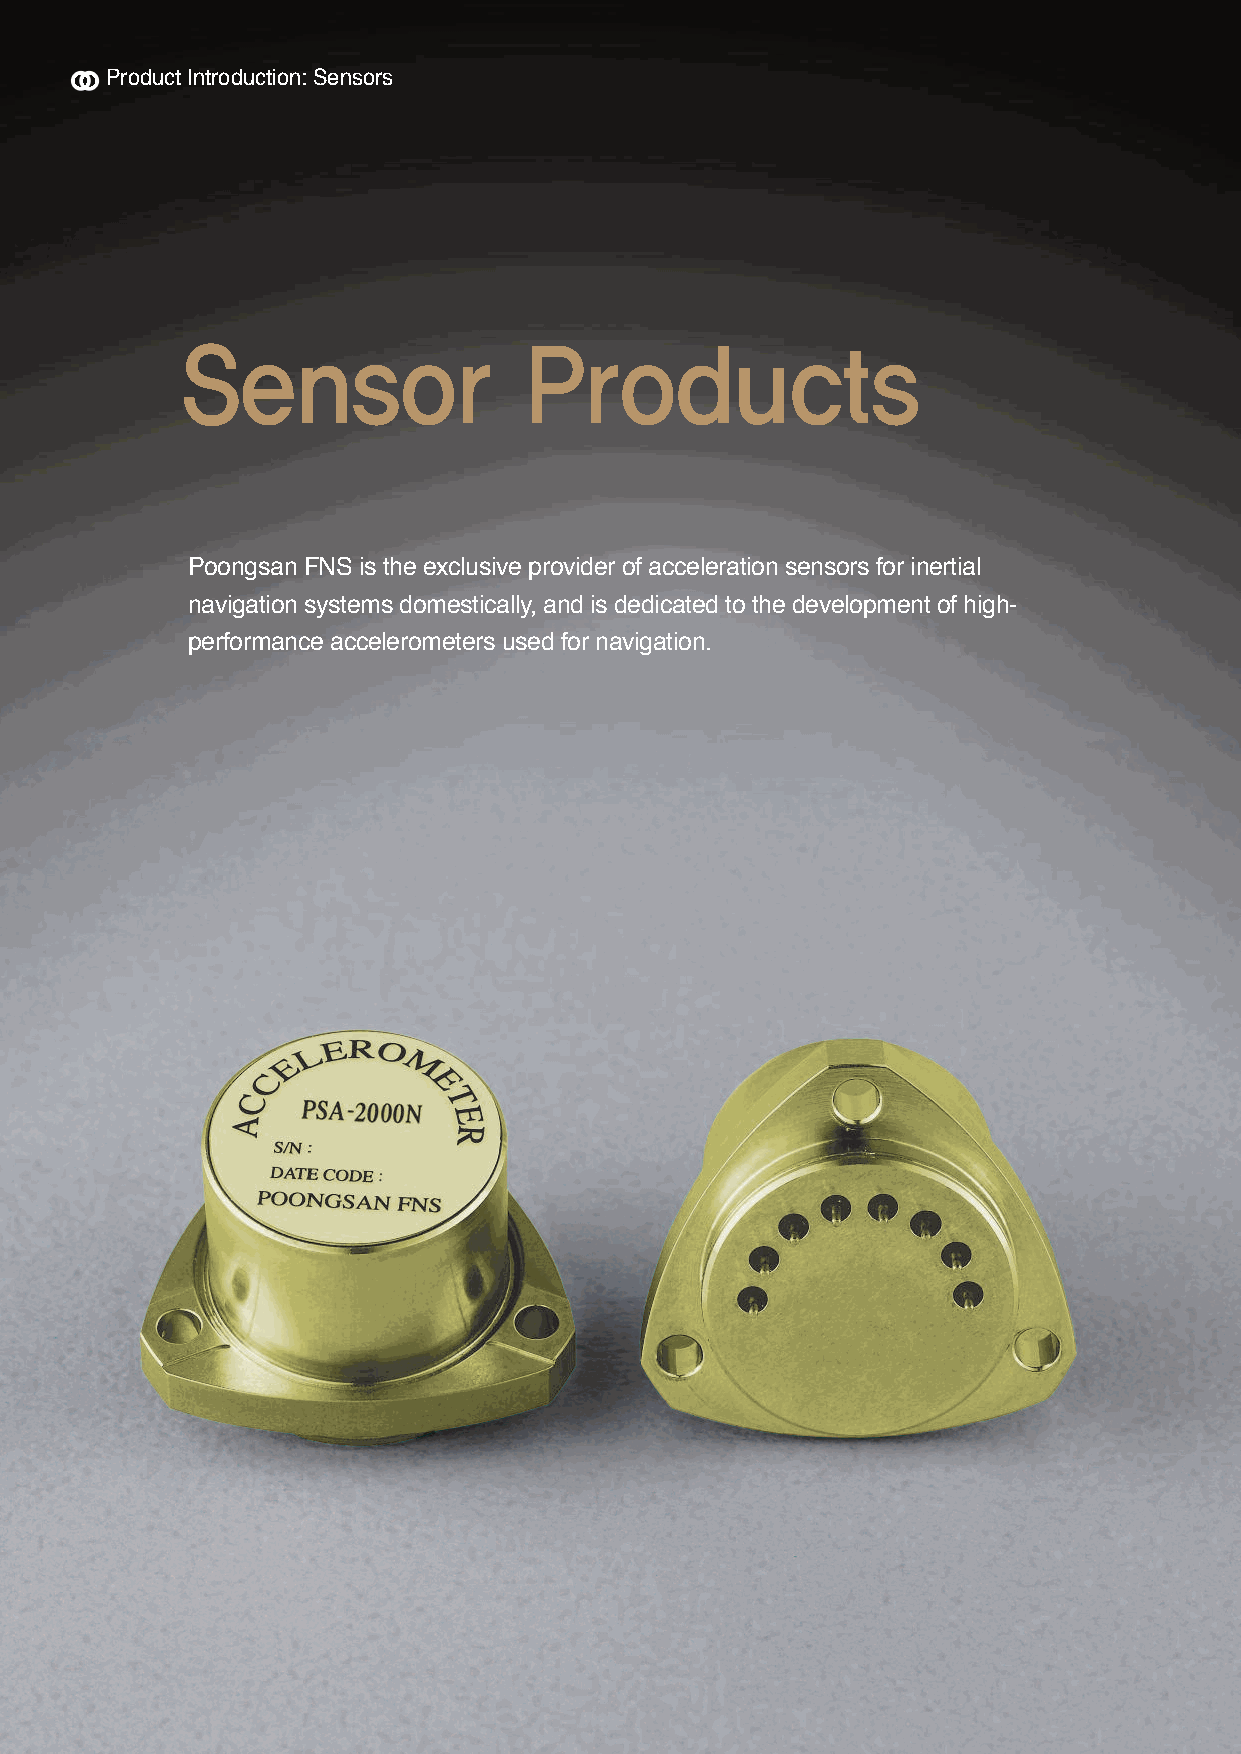
Product Introduction: Sensors
 Sensor                 Products
 Poongsan FNS is the exclusive provider of acceleration sensors for inertial
 navigation systems domestically, and is dedicated to the development of high-
 performance accelerometers used for navigation.